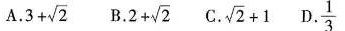
A.$$3+ \sqrt{2}$$ B. $$2+ \sqrt{2}$$ C. $$\sqrt{2}+1$$ D.$$\frac{1}{3}$$